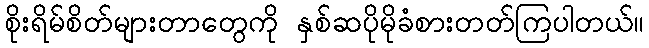
စိုးရိမ်စိတ်များတာတွေကို နှစ်ဆပိုမိုခံစားတတ်ကြပါတယ်။